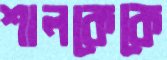
শালকেকে